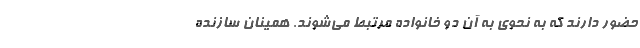
حضور دارند كه به‌ نحوي به آن دو خانواده مرتبط مي‌شوند. همينان سازنده